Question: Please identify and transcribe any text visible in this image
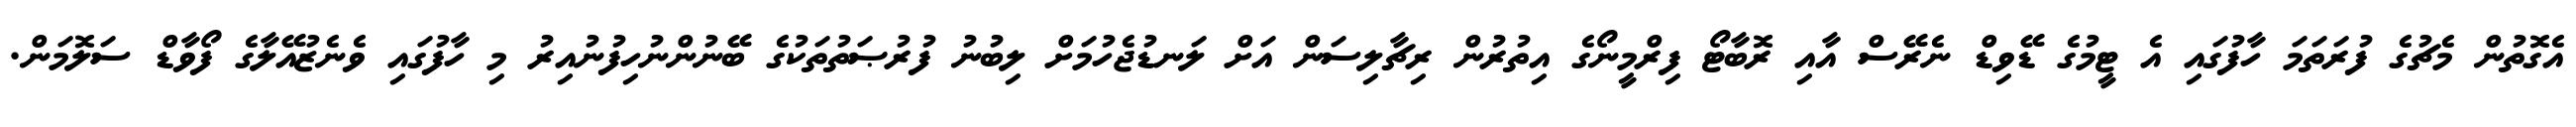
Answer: އެގޮތުން މެޗުގެ ފުރަތަމަ ހާފުގައި އެ ޓީމުގެ ޑޭވިޑް ނެރޭސް އާއި ރޮބާޓޯ ފިރްމީނޯގެ އިތުރުން ރިޗާލިސަން އަށް ލަނޑުޖެހުމަށް ލިބުނު ފުރުޞަތުތަކުގެ ބޭނުންނުހިފުނުއިރު މި ހާފުގައި ވެނެޒުއޭލާގެ ފޯވާޑް ސަލޮމަން.